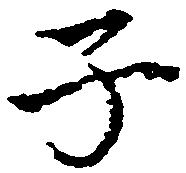
子